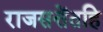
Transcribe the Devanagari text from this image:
राजसत्तेंतहि